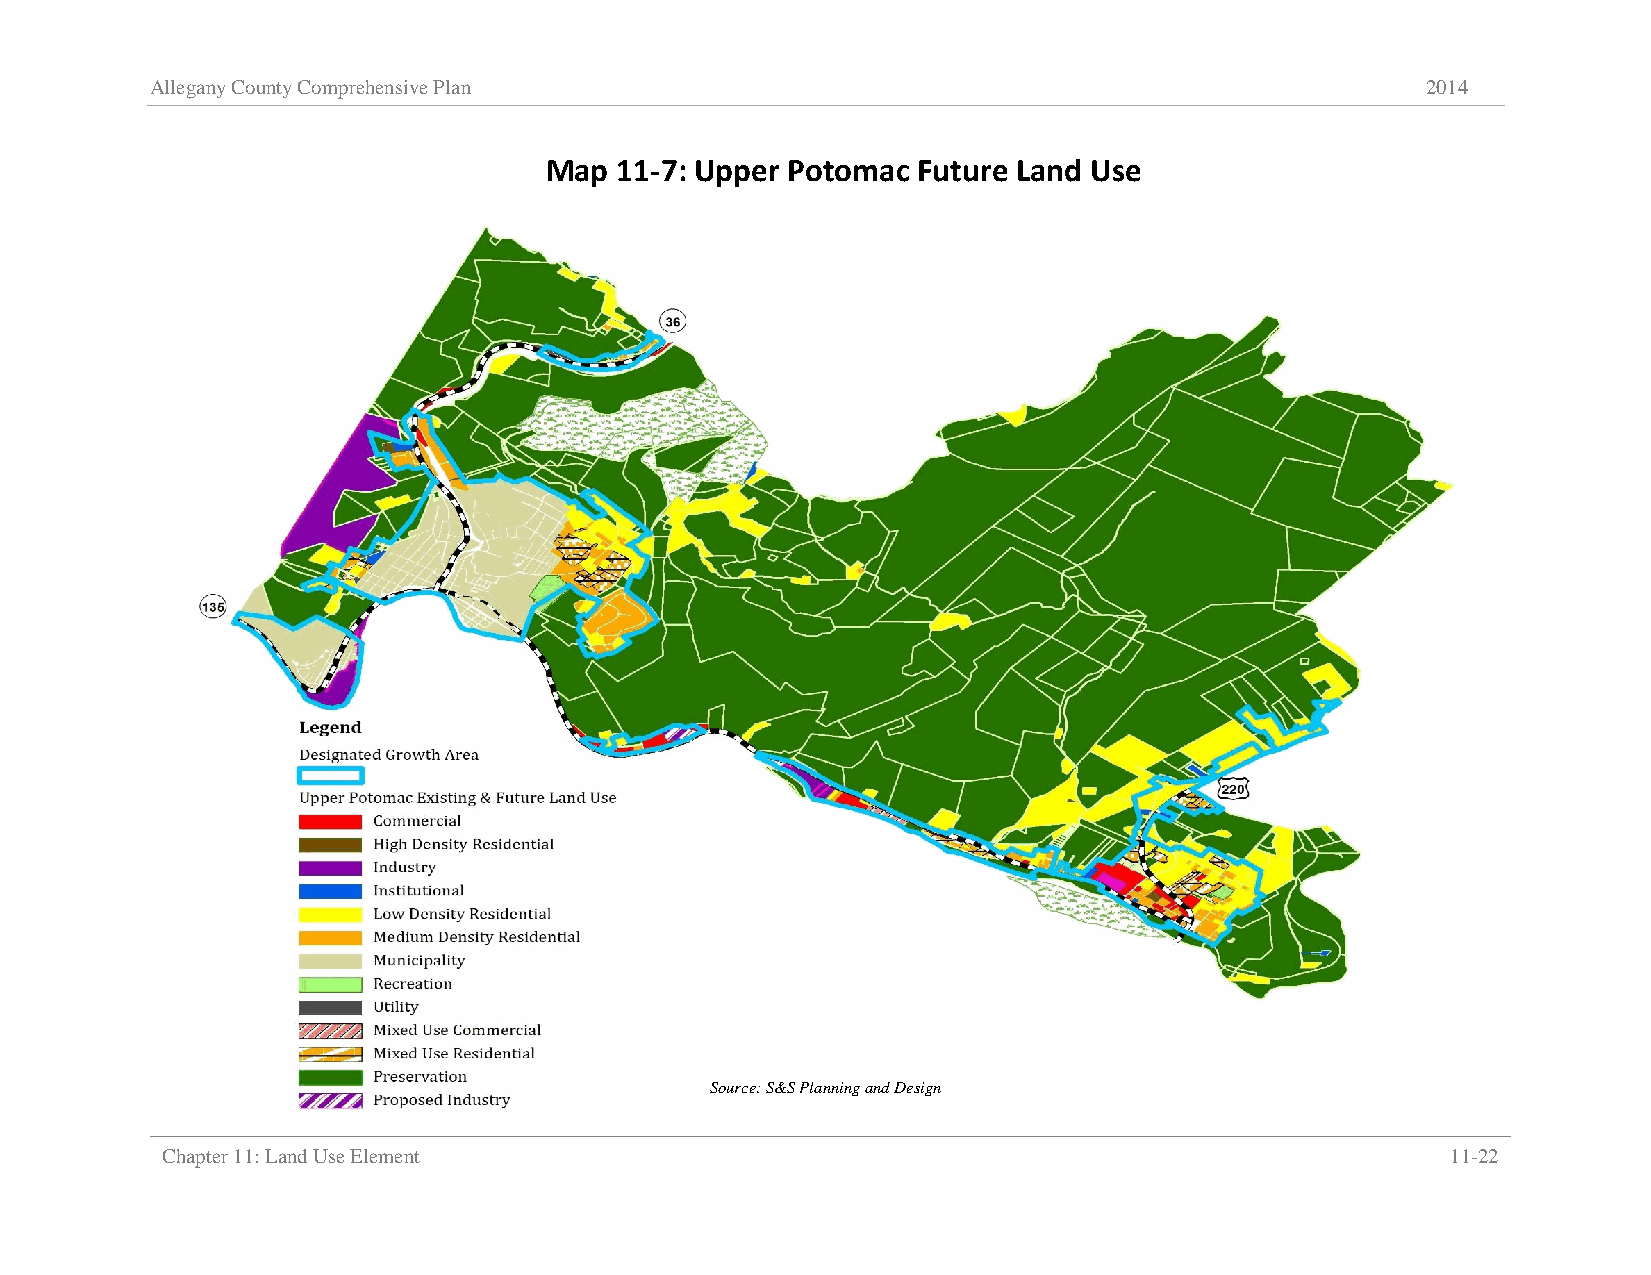
Allegany County Comprehensive Plan                                                  2014
 Map  11-7: Upper Potomac Future Land Use
 Source: S&S Planning and Design
 Chapter 11: Land Use Element                                                         11-22